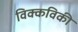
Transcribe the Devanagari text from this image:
विक्कविकी